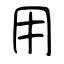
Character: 用